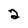
Character: 2